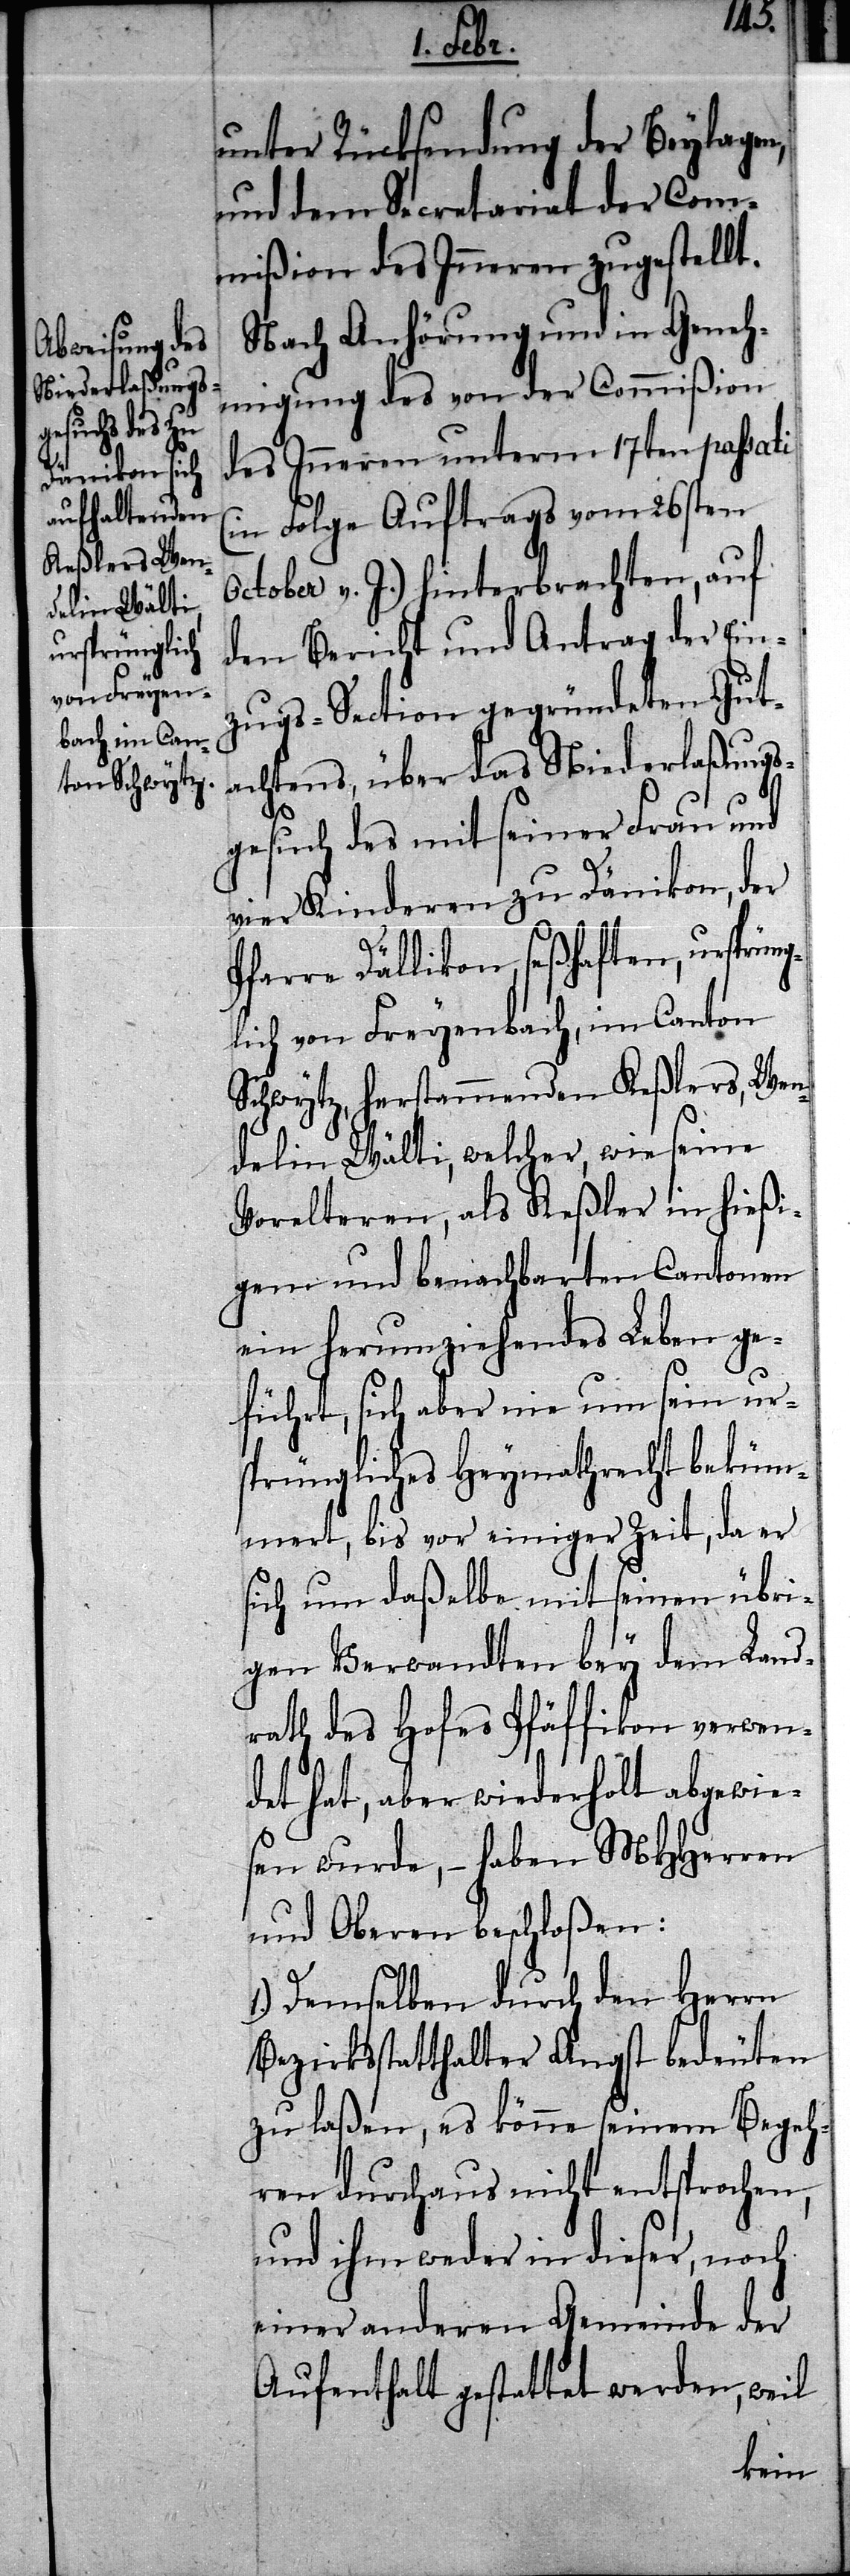
unter Rücksendung der Beylagen,
und dem Secretariat der Com¬
mißion des Inneren zugestellt.
Nach Anhörung und in Geneh¬
migung des von der Commißion
des Inneren unterm 17ten passati
(in Folge Auftrags vom 26sten
October v. J.) hinterbrachten, auf
den Bericht und Antrag der Ein¬
zugs-Section gegründeten Gut¬
achtens, über das Niederlaßungs¬
gesuch des mit seiner Frau und
vier Kinderen zu Dänikon, der
Pfarre Dällikon, seßhaften, ursprüng¬
lich von Freyenbach, im Canton
Schwytz, herstammenden Keßlers, Wen¬
delin Wälti, welcher wie seine
Vorelteren, als Keßler in hießi¬
gem und benachbarten Cantonen
ein herumziehendes Leben ge¬
führt, sich aber nie um sein urs¬
prüngliches Heymathrecht beküm¬
mert, bis vor einiger Zeit, da er
sich um daßelbe mit seinen übri¬
gen Verwandten bey dem Land¬
rath des Hofes Pfäffikon verwen¬
det hat, aber wiederholt abgewie¬
sen wurde, – haben MHHerren
und Oberen beschloßen:
1.) Demselben durch den Herrn
Bezirksstatthalter Angst bedeuten
zu laßen, es könne seinem Begeh¬
ren durchaus nicht entsprochen,
und ihm weder in dieser, noch
einer anderen Gemeinde der
Aufenthalt gestattet werden, weil